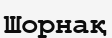
Шорнақ